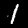
Digit: 1